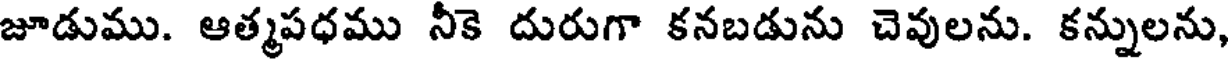
జూడుము. ఆత్మపధము నీకె దురుగా కనబడును చెవులను. కన్నులను,